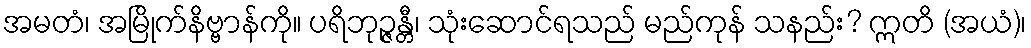
အမတံ၊ အမြိုက်နိဗ္ဗာန်ကို။ ပရိဘုဉ္ဇန္တီ၊ သုံးဆောင်ရသည် မည်ကုန် သနည်း? ဣတိ (အယံ)၊